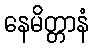
နေမိတ္တာနံ